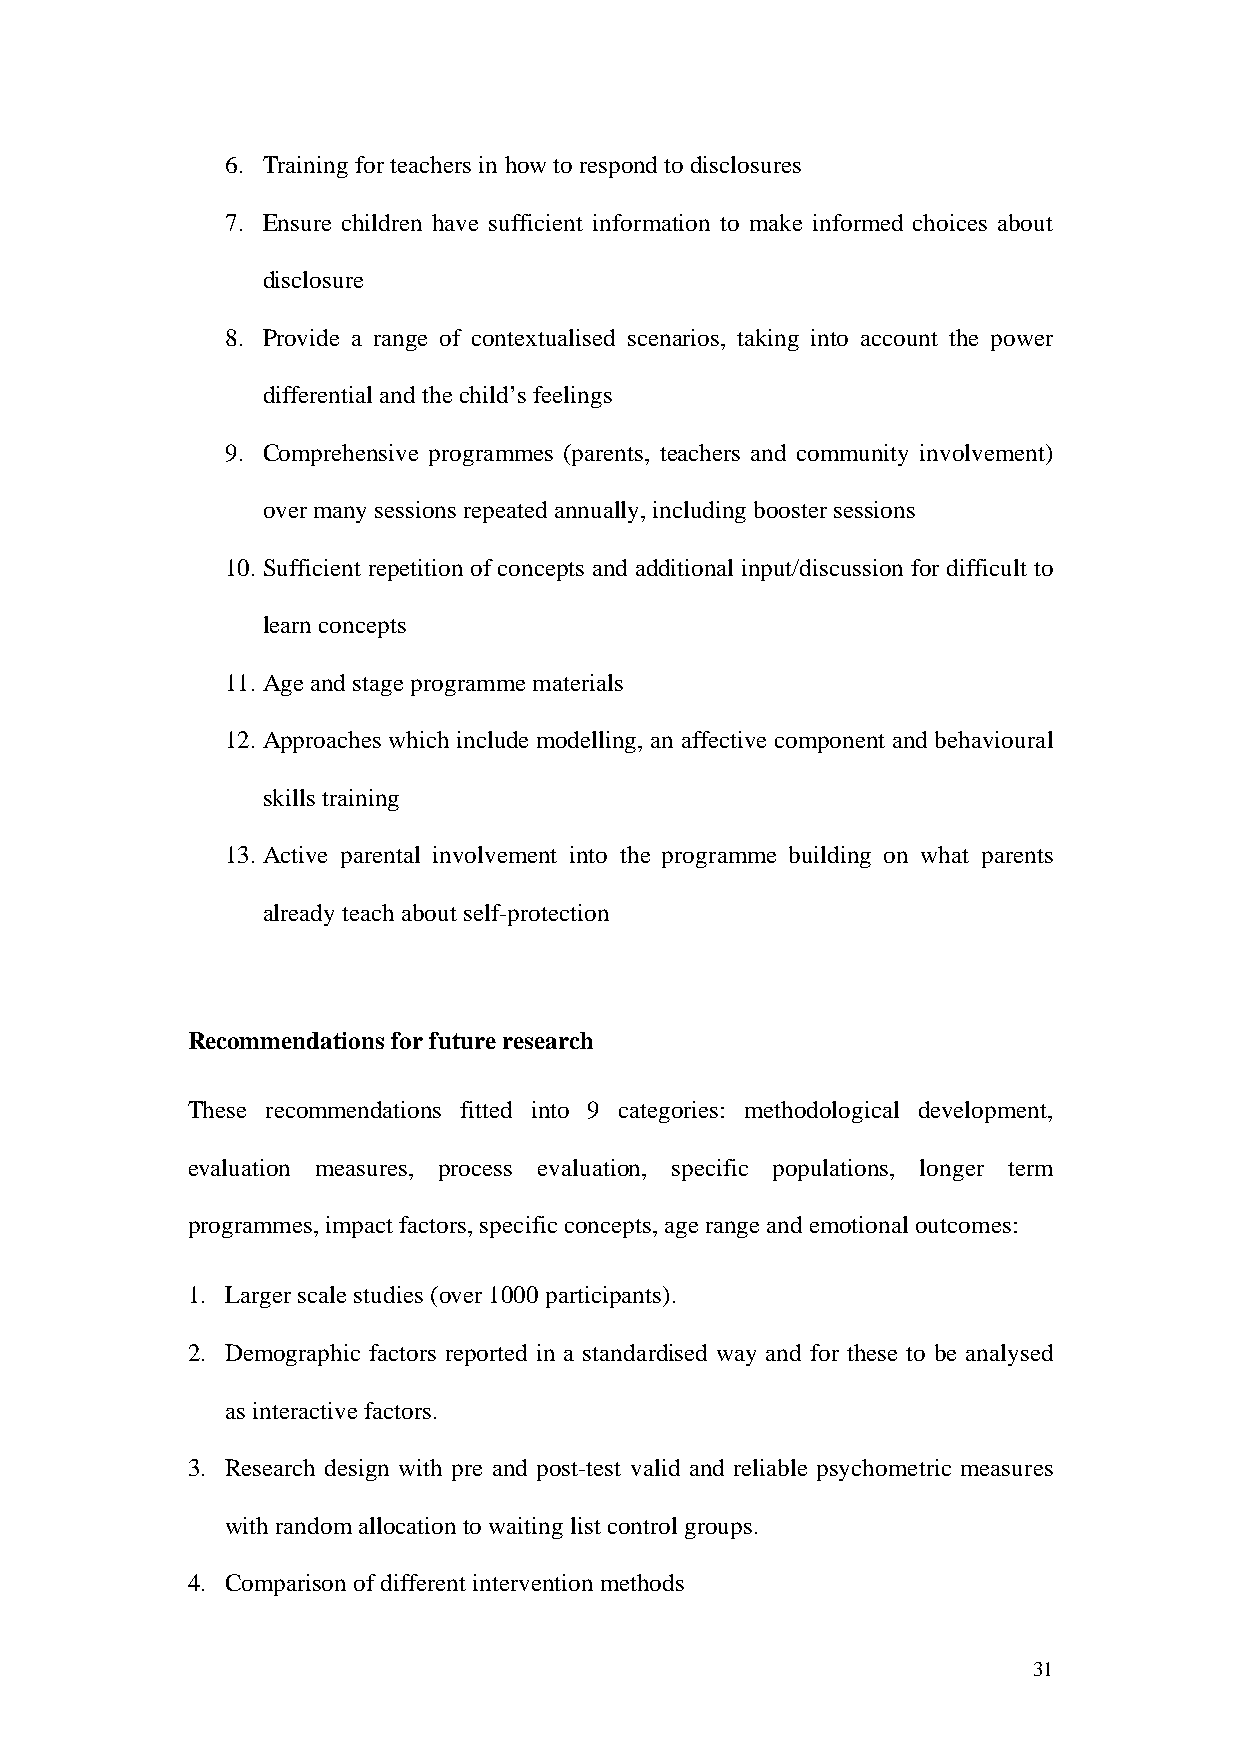
6. Training for teachers in how to respond to disclosures
 7. Ensure children have sufficient information to make informed choices about
 disclosure
 8. Provide a range of contextualised scenarios, taking into account the power
 differential and the child’s feelings
 9. Comprehensive programmes (parents, teachers and community involvement)
 over many sessions repeated annually, including booster sessions
 10. Sufficient repetition of concepts and additional input/discussion for difficult to
 learn concepts
 11. Age and stage programme materials
 12. Approaches which include modelling, an affective component and behavioural
 skills training
 13. Active parental involvement into the programme building on what parents
 already teach about self-protection
 Recommendations for future research
 These recommendations fitted into 9 categories: methodological development,
 evaluation measures, process evaluation, specific populations, longer term
 programmes, impact factors, specific concepts, age range and emotional outcomes:
 1. Larger scale studies (over 1000 participants).
 2. Demographic factors reported in a standardised way and for these to be analysed
 as interactive factors.
 3. Research design with pre and post-test valid and reliable psychometric measures
 with random allocation to waiting list control groups.
 4. Comparison of different intervention methods
 31